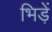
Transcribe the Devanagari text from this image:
भिड़ें